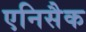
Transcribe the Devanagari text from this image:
एनिसैक